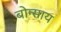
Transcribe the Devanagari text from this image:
बोन्साय